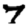
Digit: 7